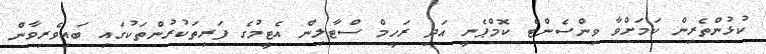
ކުޅުންތެރިން ކަމަށްވާ ވިންސެންޓް ކޮމްޕެނީ އަދި ރަހީމް ސްޓާލިން އެޓީމުގެ ފަރިތަކުރުންތަކުގައި ބައިވެރިވާން